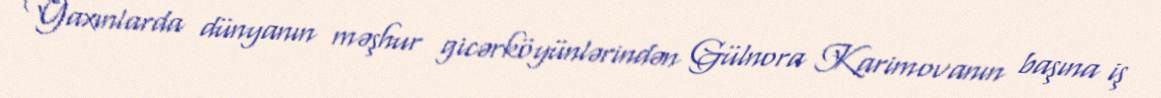
Yaxınlarda dünyanın məşhur gicərköyünlərindən Gülnora Karimovanın başına iş